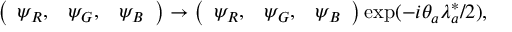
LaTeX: \left( \begin{array} { c c c } { { \psi _ { R } , } } & { { \psi _ { G } , } } & { { \psi _ { B } } } \end{array} \right) \rightarrow \left( \begin{array} { c c c } { { \psi _ { R } , } } & { { \psi _ { G } , } } & { { \psi _ { B } } } \end{array} \right) \exp ( - i \theta _ { a } \lambda _ { a } ^ { * } / 2 ) ,